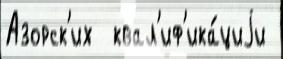
Азорск'их  квал'иф'ика́циjи